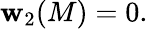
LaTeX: \mathbf{w}_{2}(M)=0.